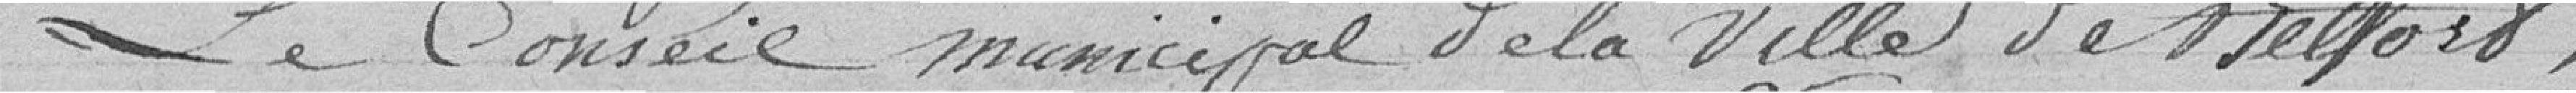
Le Conseil municipal de la Ville De Belfort,